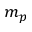
m _ { p }